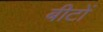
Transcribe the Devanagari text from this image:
बीटों